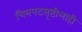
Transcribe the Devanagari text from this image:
चित्रपटसृष्टीलाही